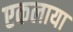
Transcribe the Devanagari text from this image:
एकलाया